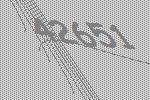
42651